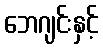
ဘေဂျင်းနှင့်